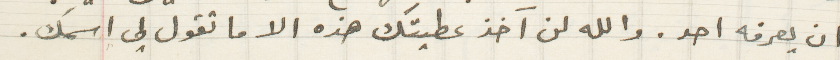
ان يعرفه احد . والله لن آخذ عطيتك هذه الا ما تقول لي اسمك.